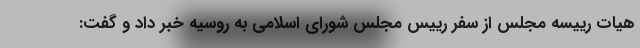
هیات رییسه مجلس از سفر رییس مجلس شورای اسلامی به روسیه خبر داد و گفت:‌